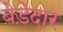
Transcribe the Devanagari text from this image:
बेड़ेदार